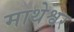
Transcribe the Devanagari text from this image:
माथेश्वर